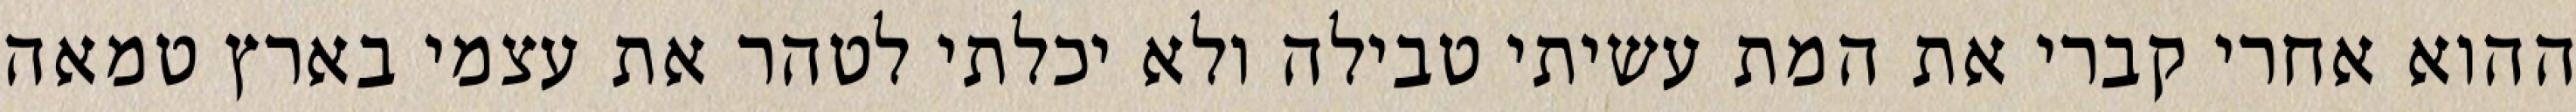
ההוא אחרי קברי את המת עשיתי טבילה ולא יכלתי לטהר את עצמי בארץ טמאה